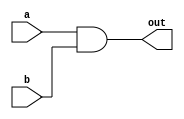
// Code your design here
module ayush_and_gate(out,a,b);
  input a,b;
  output reg out;
  always @(a,b) begin
    out = a & b;
  end
endmodule